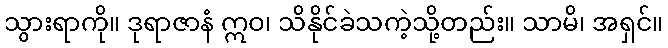
သွားရာကို။ ဒုရာဇာနံ ဣဝ၊ သိနိုင်ခဲသကဲ့သို့တည်း။ သာမိ၊ အရှင်။